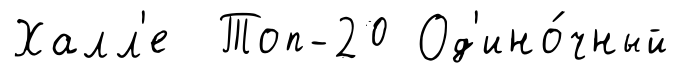
Халл'е Топ-20 Од'ино́чный